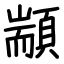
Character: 顓